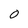
Character: 0